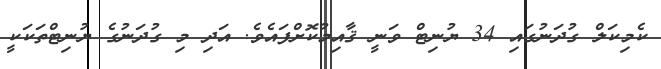
ކެމިކަލް ގުދަނުގައި 34 ޔުނިޓް ވަނީ ޤާއިމުކޮށްފައެވެ. އަދި މި ގުދަނުގެ ޔުނިޓްތަކަކީ